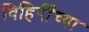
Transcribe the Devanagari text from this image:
विहिरीँच्या